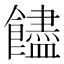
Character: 𩟝